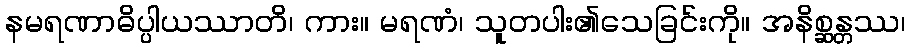
နမရဏာဓိပ္ပါယဿာတိ၊ ကား။ မရဏံ၊ သူတပါး၏သေခြင်းကို။ အနိစ္ဆန္တဿ၊